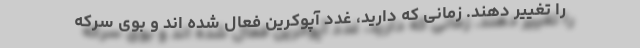
را تغییر دهند. زمانی که دارید، غدد آپوکرین فعال شده اند و بوی سرکه